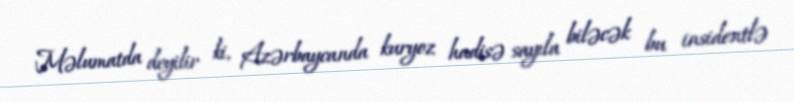
Məlumatda deyilir ki, Azərbaycanda kuryoz hadisə sayıla biləcək bu insidentlə